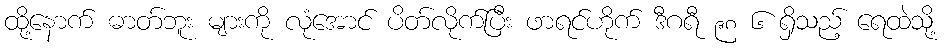
ထို့နောက် ဓာတ်ဘူး များကို လုံအောင် ပိတ်လိုက်ပြီး ဖာရင်ဟိုက် ဒီဂရီ ၉၈ ၆ ရှိသည့် ရေထဲသို့